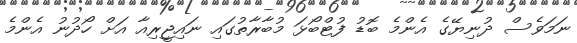
ނަމަވެސް ދުނިޔޭގެ އެންމެ ބޮޑު ފުޓްބޯޅަ މުބާރާތުގައި ނައިޖީރިއާ އަށް ހޯދުނު އެންމެ